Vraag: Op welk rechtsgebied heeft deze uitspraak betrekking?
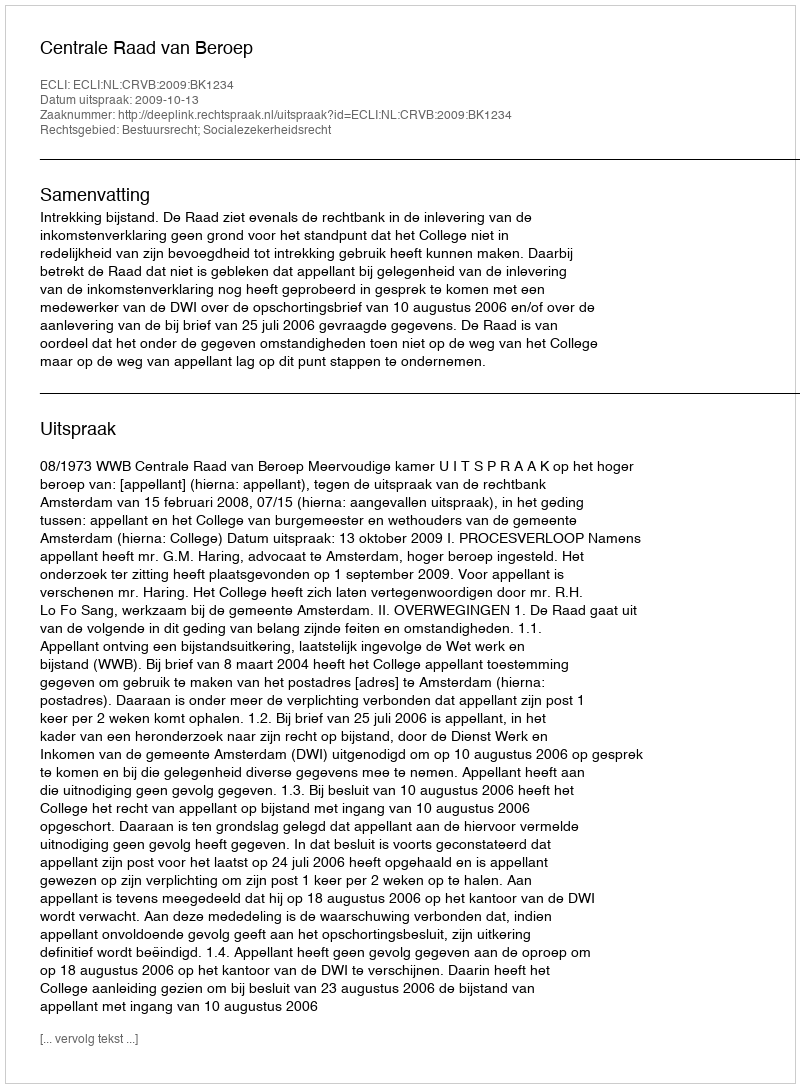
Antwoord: Bestuursrecht; Socialezekerheidsrecht